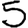
Digit: 5